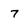
Character: 7